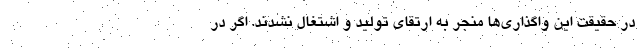
در حقیقت این واگذاری‌ها منجر به ارتقای تولید و اشتغال نشدند. اگر در